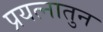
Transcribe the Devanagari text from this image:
प्रयत्नातुन